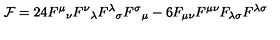
{ \cal F } = 2 4 F ^ { \mu } { } _ { \nu } F ^ { \nu } { } _ { \lambda } F ^ { \lambda } { } _ { \sigma } F ^ { \sigma } { } _ { \mu } - 6 F _ { \mu \nu } F ^ { \mu \nu } F _ { \lambda \sigma } F ^ { \lambda \sigma }